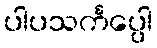
ပါပသင်္ကပ္ပေါ